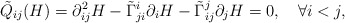
\begin{align*} \tilde{Q}_{ij}(H)=\partial^2_{ij}H-\tilde{\Gamma}^i_{ji}\partial_iH-\tilde{\Gamma}^j_{ij}\partial_jH=0,\quad\forall i<j, \end{align*}